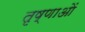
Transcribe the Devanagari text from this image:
तृष्णाओं